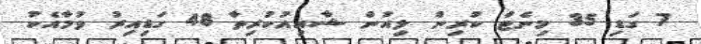
7 ގަޑި 35 މިނެޓް ކުރިން ލިއުން ޝާއިއުކުރިތާ 48 ގަޑިއިރު ވުމާއެކު